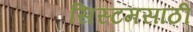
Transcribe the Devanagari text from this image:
सिस्टमसाठी